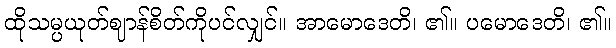
ထိုသမ္ပယုတ်ဈာန်စိတ်ကိုပင်လျှင်။ အာမောဒေတိ၊ ၏။ ပမောဒေတိ၊ ၏။